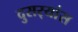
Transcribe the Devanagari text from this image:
दुसर्‍यांस